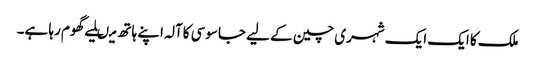
ملک کا ایک ایک شہری چین کے لیے جاسوسی کاآلہ اپنے ہاتھ میںلیے گھوم رہا ہے۔